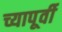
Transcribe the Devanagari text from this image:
च्यापूर्वी